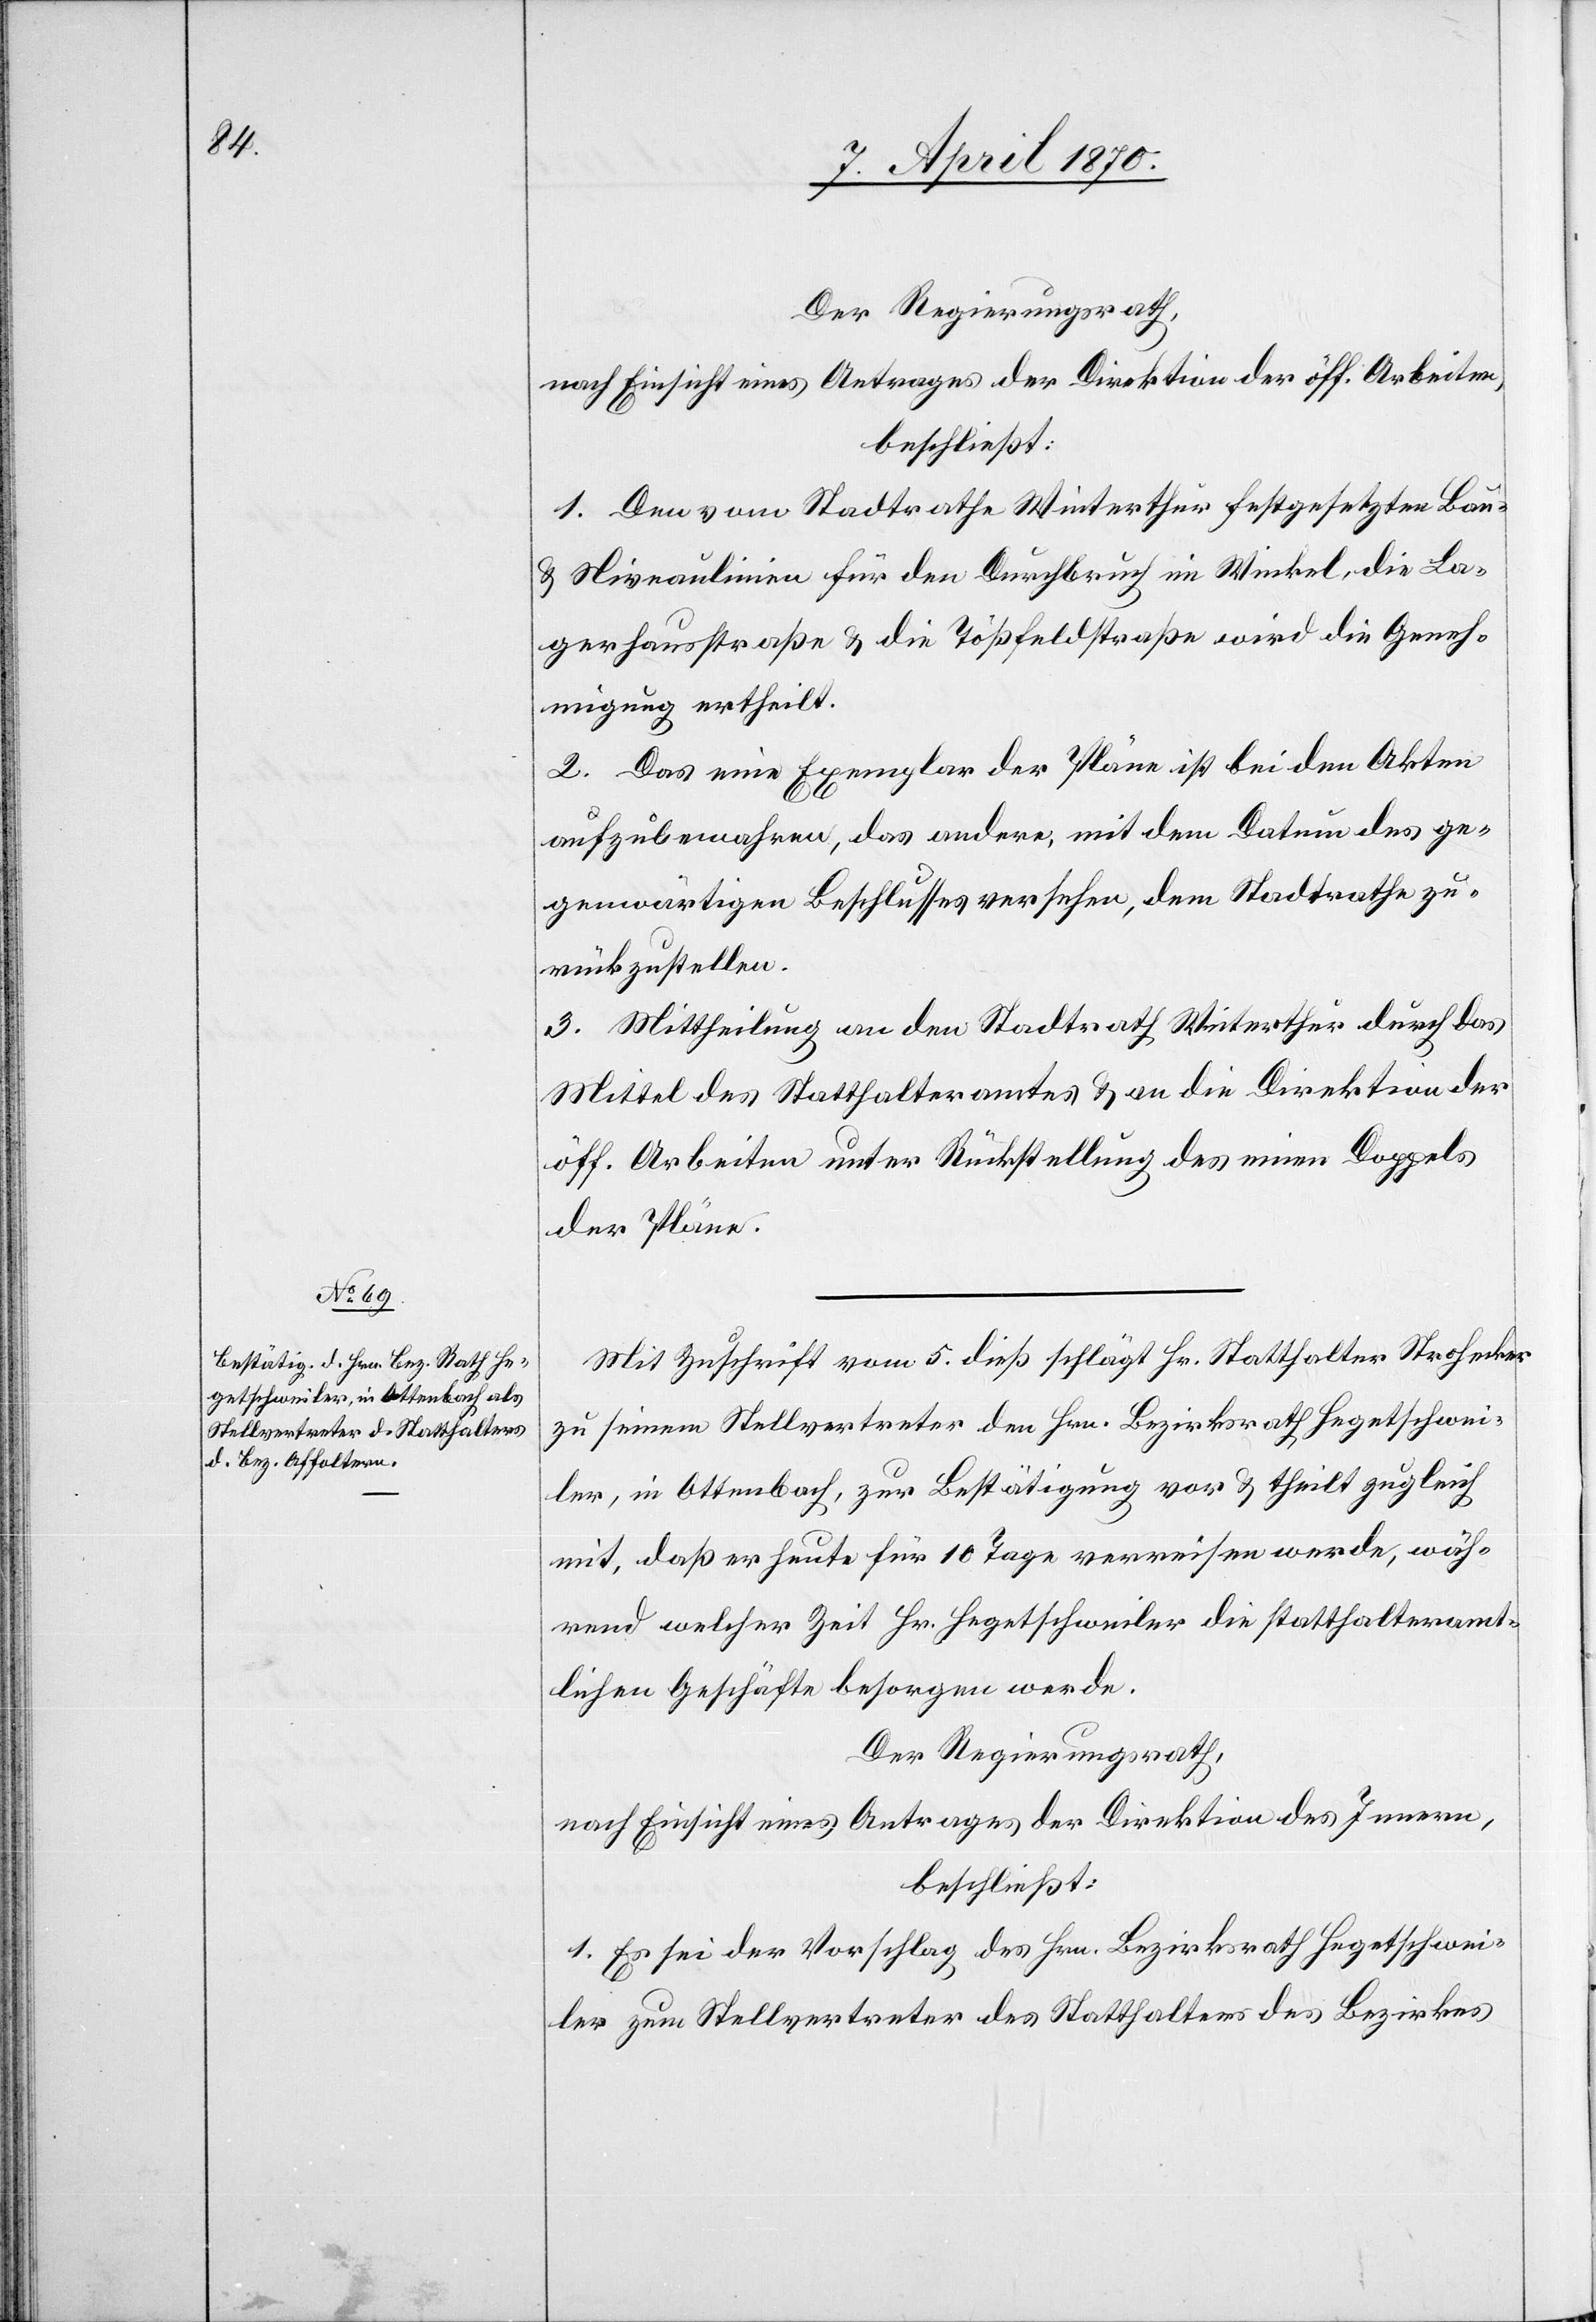
Der Regierungsrath,
nach Einsicht eines Antrages der Direktion der öff. Arbeiten,
beschließt:
1. Den vom Stadtrathe Winterthur festgesetzten Bau-
& Niveaulinien für den Durchbruch im Winkel, die La¬
gerhausstraße & die Tößfeldstraße wird die Geneh¬
migung ertheilt.
2. Das eine Exemplar der Pläne ist bei den Akten
aufzubewa[h]ren, das andere, mit dem Datum des ge¬
genwärtigen Beschlusses versehen, dem Stadtrathe zu¬
rückzustellen.
3. Mittheilung an den Stadtrath Winterthur durch das
Mittel des Statthalteramtes & an die Direktion der
öff. Arbeiten unter Rückstellung des einen Doppels
der Pläne.
Mit Zuschrift vom 5. dieß schlägt Hr. Statthalter Strohecker
zu seinem Stellvertreter den Hrn. Bezirksrath Hegetschwei¬
ler, in Ottenbach, zur Bestätigung vor & theilt zugleich
mit, daß er heute für 10 Tage verreisen werde, wäh¬
rend welcher Zeit Hr. Hegetschweiler die statthalteramt¬
lichen Geschäfte besorgen werde.
Der Regierungsrath,
nach Einsicht eines Antrages der Direktion des Innern,
beschließt:
1. Es sei der Vorschlag des Hrn. Bezirksrath Hegetschwei¬
ler zum Stellvertreter des Statthalteramtes des Bezirkes